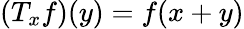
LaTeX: (T_{x}f)(y)=f(x+y)